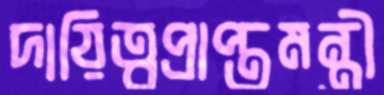
দায়িত্বপ্রাপ্তমন্ত্রী